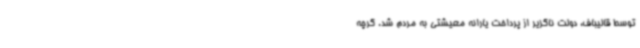
توسط قالیباف، دولت ناگزیر از پرداخت یارانه معیشتی به مردم شد. گرچه